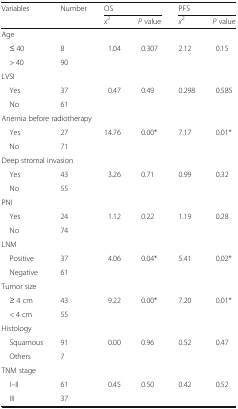
<table><thead><tr><td rowspan="2"><b>Variables</b></td><td rowspan="2"><b>Number</b></td><td colspan="2"><b>OS</b></td><td colspan="2"><b>PFS</b></td></tr><tr><td><b><i>x</i><sup>2</sup></b></td><td><b><i>P</i> value</b></td><td><b><i>x</i><sup>2</sup></b></td><td><b><i>P</i> value</b></td></tr></thead><tbody><tr><td colspan="6">Age</td></tr><tr><td> ≤ 40</td><td>8</td><td rowspan="2">1.04</td><td rowspan="2">0.307</td><td rowspan="2">2.12</td><td rowspan="2">0.15</td></tr><tr><td> &gt; 40</td><td>90</td></tr><tr><td colspan="6">LVSI</td></tr><tr><td> Yes</td><td>37</td><td rowspan="2">0.47</td><td rowspan="2">0.49</td><td rowspan="2">0.298</td><td rowspan="2">0.585</td></tr><tr><td> No</td><td>61</td></tr><tr><td colspan="6">Anemia before radiotherapy</td></tr><tr><td> Yes</td><td>27</td><td rowspan="2">14.76</td><td rowspan="2">0.00*</td><td rowspan="2">7.17</td><td rowspan="2">0.01*</td></tr><tr><td> No</td><td>71</td></tr><tr><td colspan="6">Deep stromal invasion</td></tr><tr><td> Yes</td><td>43</td><td rowspan="2">3.26</td><td rowspan="2">0.71</td><td rowspan="2">0.99</td><td rowspan="2">0.32</td></tr><tr><td> No</td><td>55</td></tr><tr><td colspan="6">PNI</td></tr><tr><td> Yes</td><td>24</td><td rowspan="2">1.12</td><td rowspan="2">0.22</td><td rowspan="2">1.19</td><td rowspan="2">0.28</td></tr><tr><td> No</td><td>74</td></tr><tr><td colspan="6">LNM</td></tr><tr><td> Positive</td><td>37</td><td rowspan="2">4.06</td><td rowspan="2">0.04*</td><td rowspan="2">5.41</td><td rowspan="2">0.02*</td></tr><tr><td> Negative</td><td>61</td></tr><tr><td colspan="6">Tumor size</td></tr><tr><td> ≥ 4 cm</td><td>43</td><td rowspan="2">9.22</td><td rowspan="2">0.00*</td><td rowspan="2">7.20</td><td rowspan="2">0.01*</td></tr><tr><td> &lt; 4 cm</td><td>55</td></tr><tr><td colspan="6">Histology</td></tr><tr><td> Squamous</td><td>91</td><td>0.00</td><td>0.96</td><td>0.52</td><td>0.47</td></tr><tr><td> Others</td><td>7</td><td></td><td></td><td></td><td></td></tr><tr><td colspan="6">TNM stage</td></tr><tr><td> I–II</td><td>61</td><td>0.45</td><td>0.50</td><td>0.42</td><td>0.52</td></tr><tr><td> III</td><td>37</td><td></td><td></td><td></td><td></td></tr></tbody></table>